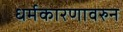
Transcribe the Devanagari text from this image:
धर्मकारणावरुन